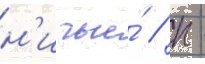
н'ичьи́ / п -